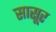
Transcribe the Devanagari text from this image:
सासूर